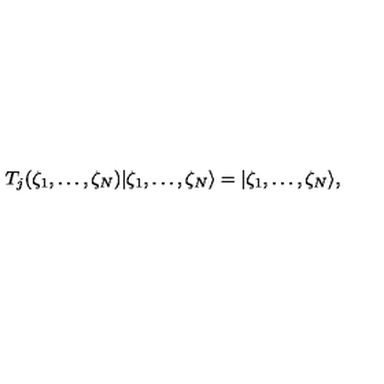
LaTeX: T _ { j } ( \zeta _ { 1 } , \ldots , \zeta _ { N } ) | \zeta _ { 1 } , \ldots , \zeta _ { N } \rangle = | \zeta _ { 1 } , \ldots , \zeta _ { N } \rangle ,